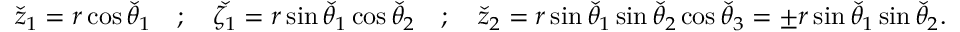
\Check { z } _ { 1 } = r \cos \Check { \theta } _ { 1 } \quad ; \quad \Check { \zeta _ { 1 } } = r \sin \Check { \theta } _ { 1 } \cos \Check { \theta } _ { 2 } \quad ; \quad \Check { z } _ { 2 } = r \sin \Check { \theta } _ { 1 } \sin \Check { \theta } _ { 2 } \cos \Check { \theta } _ { 3 } = \pm r \sin \Check { \theta } _ { 1 } \sin \Check { \theta } _ { 2 } .